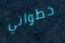
خطواتي